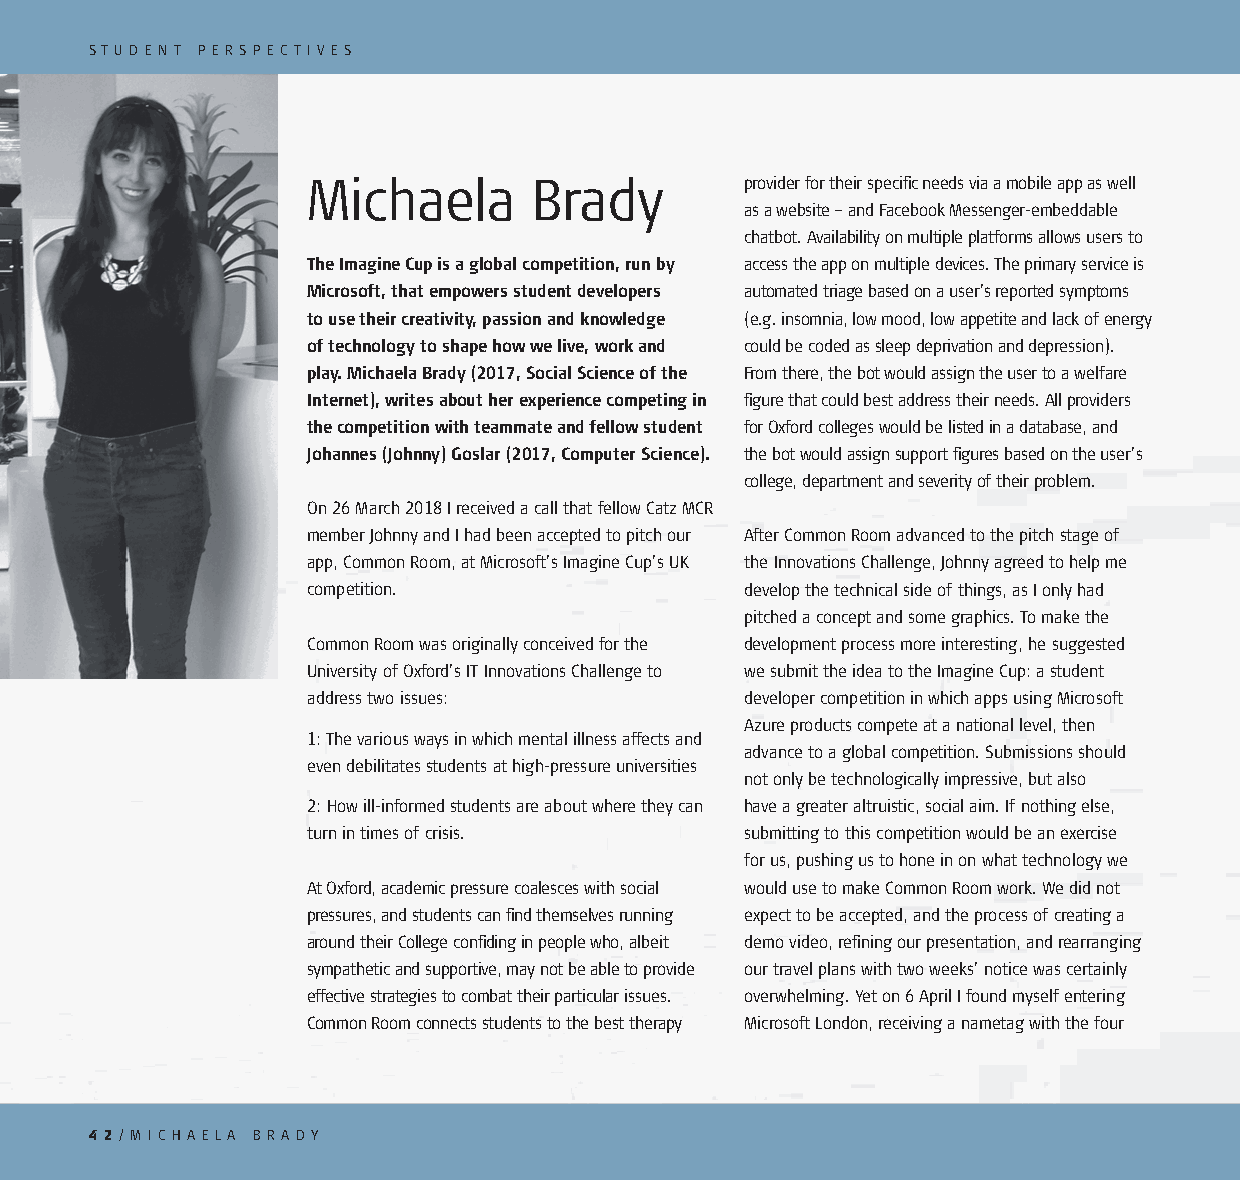
ST U D E N T P E RS P E C T I V ES
 Michaela       Brady         provider for their specifi c needs via a mobile app as well
 as a website – and Facebook Messenger-embeddable
 chatbot. Availability on multiple platforms allows users to
 The Imagine Cup is a global competition, run by access the app on multiple devices. The primary service is
 Microsoft, that empowers student developers automated triage based on a user’s reported symptoms
 to use their creativity, passion and knowledge (e.g. insomnia, low mood, low appetite and lack of energy
 of technology to shape how we live, work and could be coded as sleep deprivation and depression).
 play. Michaela Brady (2017, Social Science of the From there, the bot would assign the user to a welfare
 Internet), writes about her experience competing in fi gure that could best address their needs. All providers
 the competition with teammate and fellow student for Oxford colleges would be listed in a database, and
 Johannes (Johnny) Goslar (2017, Computer Science). the bot would assign support fi gures based on the user’s
 college, department and severity of their problem.
 On 26 March 2018 I received a call that fellow Catz MCR
 member Johnny and I had been accepted to pitch our After Common Room advanced to the pitch stage of
 app, Common Room, at Microsoft’s Imagine Cup’s UK the Innovations Challenge, Johnny agreed to help me
 competition.                 develop the technical side of things, as I only had
 pitched a concept and some graphics. To make the
 Common Room was originally conceived for the development process more interesting, he suggested
 University of Oxford’s IT Innovations Challenge to we submit the idea to the Imagine Cup: a student
 address two issues:          developer competition in which apps using Microsoft
 Azure products compete at a national level, then
 1: The various ways in which mental illness affects and
 advance to a global competition. Submissions should
 even debilitates students at high-pressure universities
 not only be technologically impressive, but also
 2: How ill-informed students are about where they can have a greater altruistic, social aim. If nothing else,
 turn in times of crisis.     submitting to this competition would be an exercise
 for us, pushing us to hone in on what technology we
 At Oxford, academic pressure coalesces with social would use to make Common Room work. We did not
 pressures, and students can fi nd themselves running expect to be accepted, and the process of creating a
 around their College confi ding in people who, albeit demo video, refi ning our presentation, and rearranging
 sympathetic and supportive, may not be able to provide our travel plans with two weeks’ notice was certainly
 effective strategies to combat their particular issues. overwhelming. Yet on 6 April I found myself entering
 Common Room connects students to the best therapy Microsoft London, receiving a nametag with the four
 4 2/ M I C H A E LA B RA DY